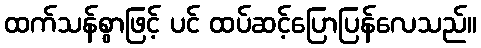
ထက်သန်စွာဖြင့် ပင် ထပ်ဆင့်ပြောပြန်လေသည်။